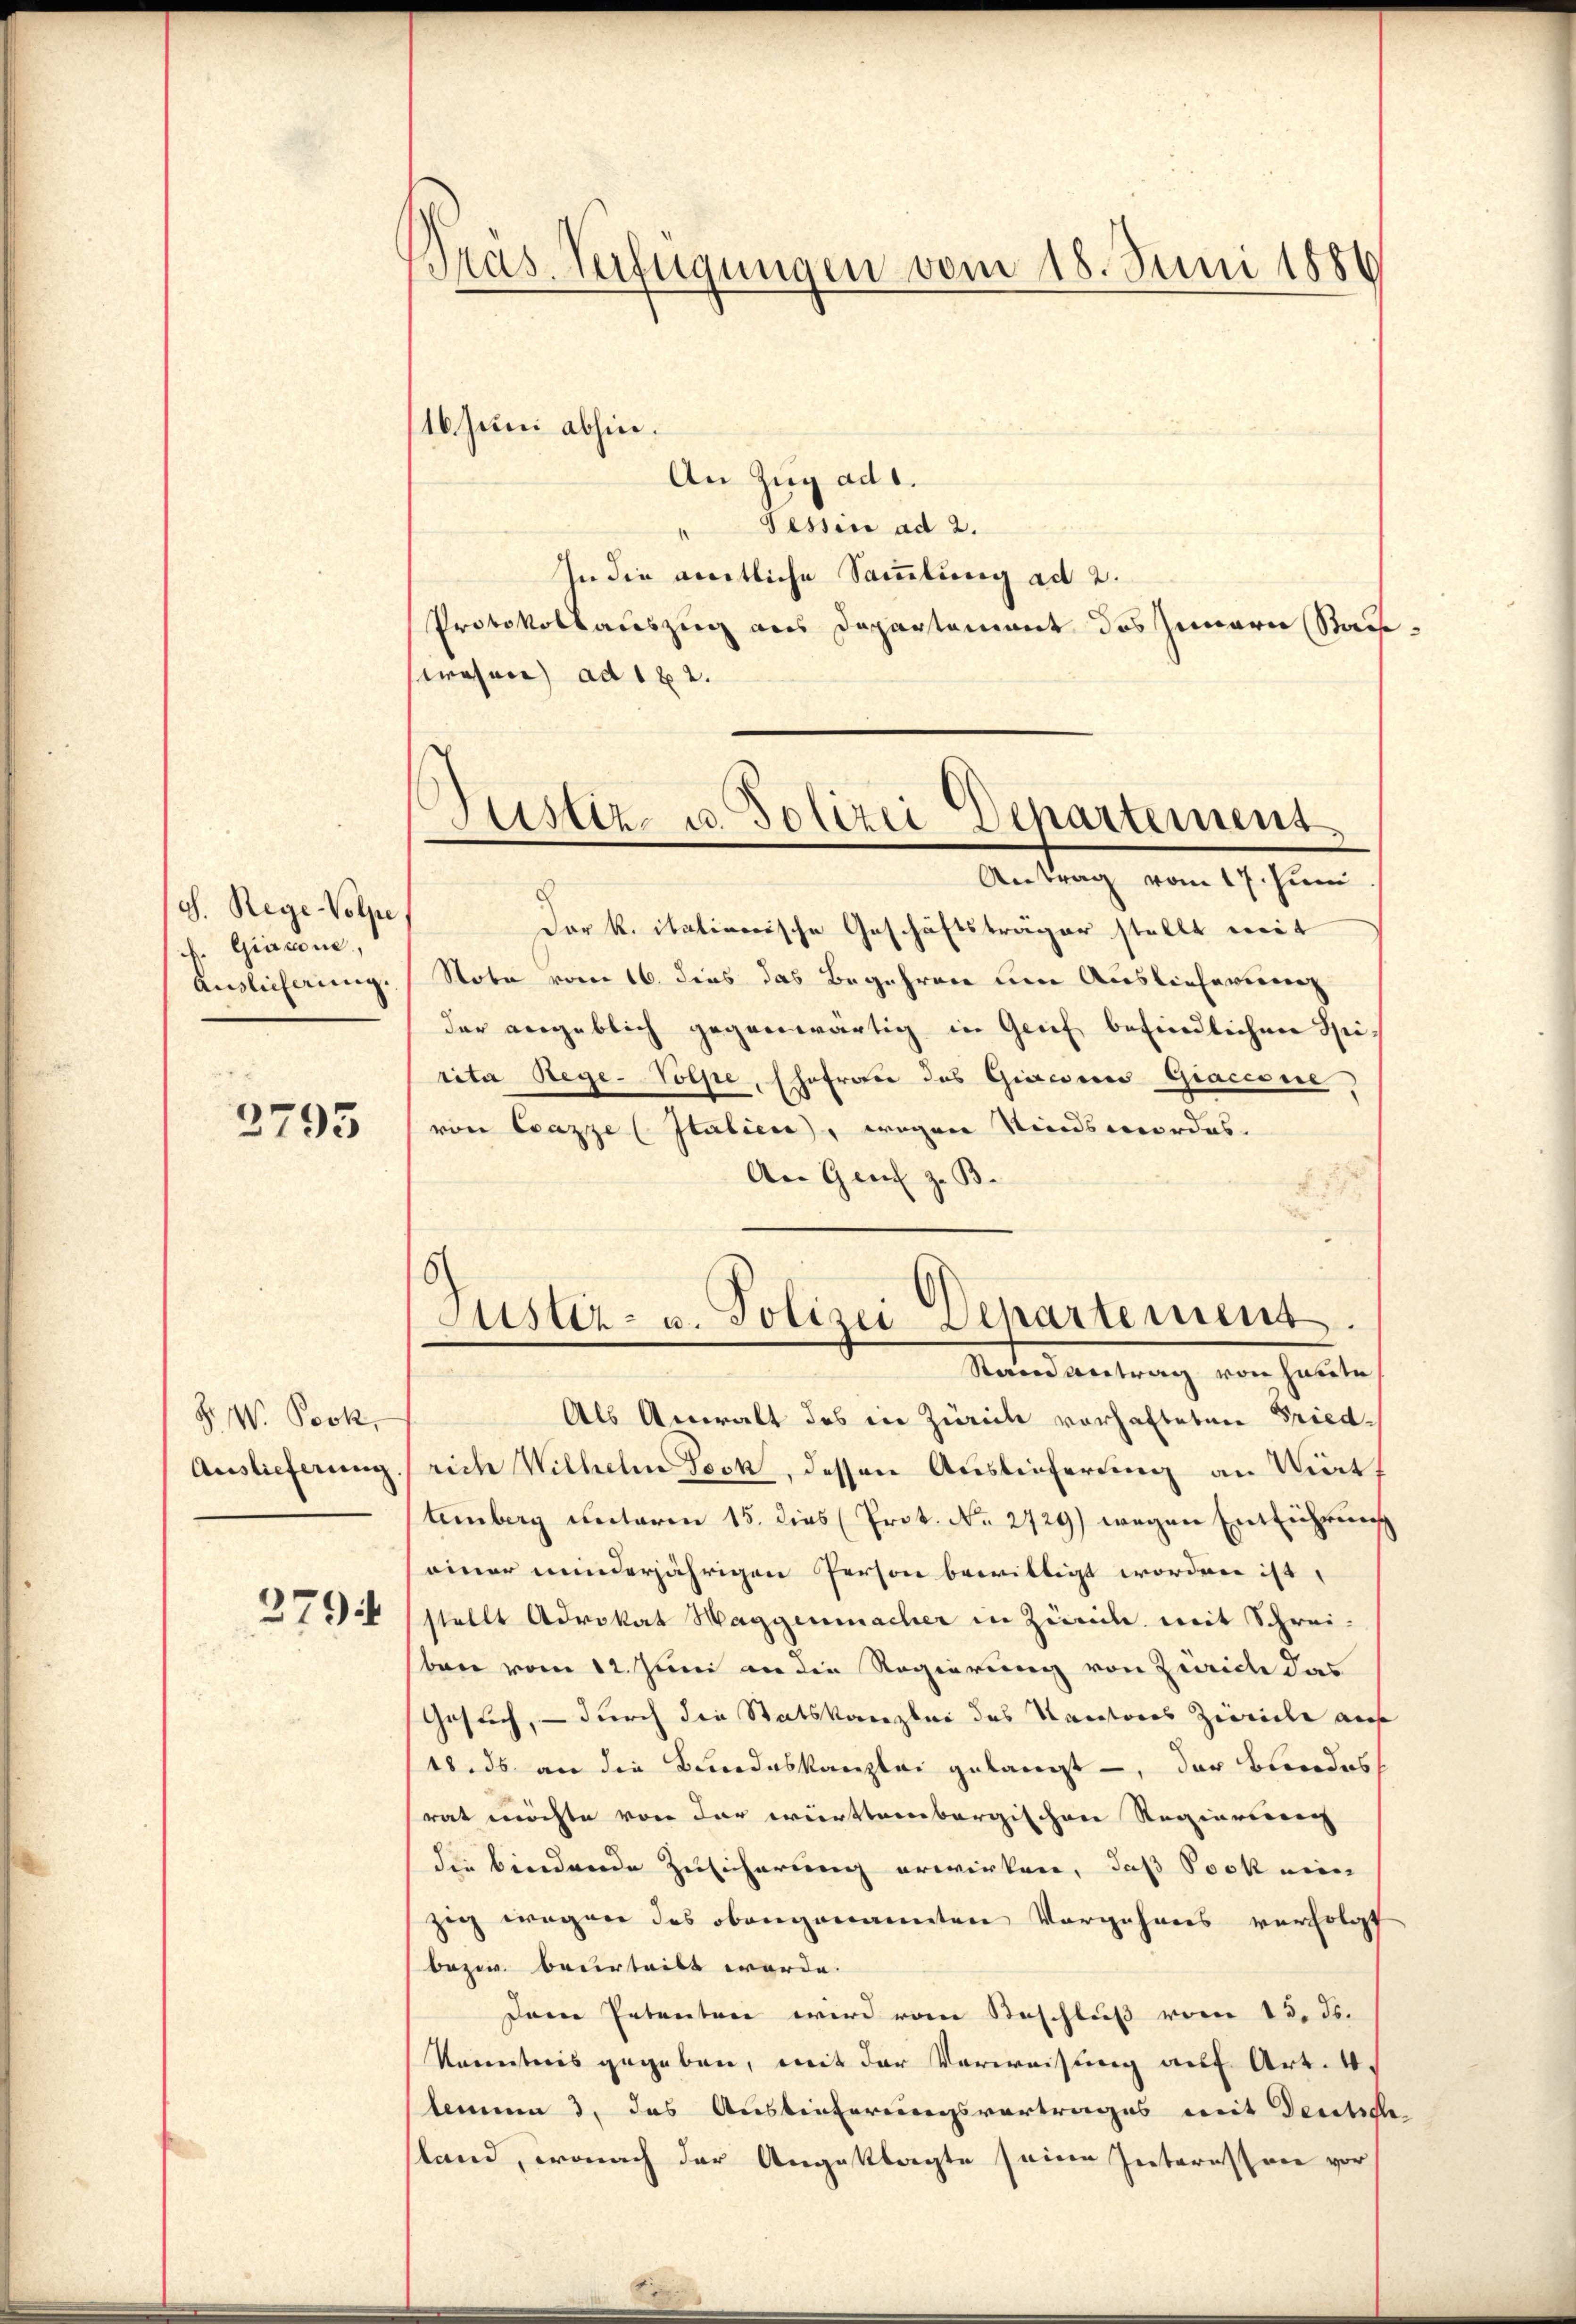
S. Rege-Volpe
F. Giacone
Anslicherung.

3795

F. W. Prok
Auslieferung

279

Pras. Verfügungen vom 18. Juni 1886

16. Juni abhin.
An Zug ad 1.
" Tessin ad 2.
In die amtliche Sammlung ad 2.
Protokollauszug aus Departement des Innern Sache
wesen ad 182.
Der K. italienische Geschäftsträger stellt mit
Note vom 16. dies das Begehren um Auslieferung
der vergeblich gegenwärtig in Grief befindlichen Spirita Rege-Volpe, schofrater das Giseines Giacesse,
von Crazze (Italien), wegen Kindsmordes
An Genf z. B.
Justiz- u. Polizei Departement.
Stand antrag von hatte
Als Anwalt des in Zürich vorhafteten Friedrich Wilhelm Teck, dessen Auslieferung an Viert
temberg unterm 15. dies (Prot. No. 2729) wegen Entführung
einer minderjährigen Person bewilligt worden ist,
stellt Advokat Haggenmacher in Zürich mit Schreisten vom 12. Juni an die Regierung von Zürich das
Gesuch, – durch die Statskanzlei des Kantores Zivile auf
18. ds an die Bundeskanzlei gelangt, der Bundes
rat möchte von der württembergischen Reginnerung
die bindende Zusicherung erwirken, daß Sock mein
zig wegen des obengenannten Vorgehens verfolgt
bezw. beurteilt werde.
Dann Petenten wird vom Beschluß vom 13. ds.
Karenteris gegeben, mit der Verweisung auf Art. 4.
leinen 3. das Auslieferungsvortrages mit Deuchel
land, wonach der Angeklagte seine Interessene vor

Justiz- u. Polizei Departement
.
Antrag vom 17. Juni

e